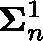
\mathbf { \Sigma } _ { n } ^ { 1 }